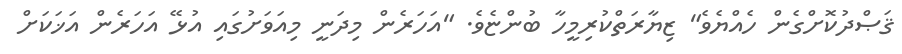
ޤަޞްދުކޮށްގެން ހެއްޔެވެ" ޒިޔާރަތްކުރިމީހާ ބުންޏެވެ. "އަހަރެން މިދަނީ މިއަވަށުގައި އުޅޭ އަހަރެން އަޚަކަށް